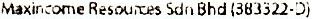
MAXINCOME RESOURCES SDN BHD (383322-D)